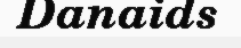
Danaids